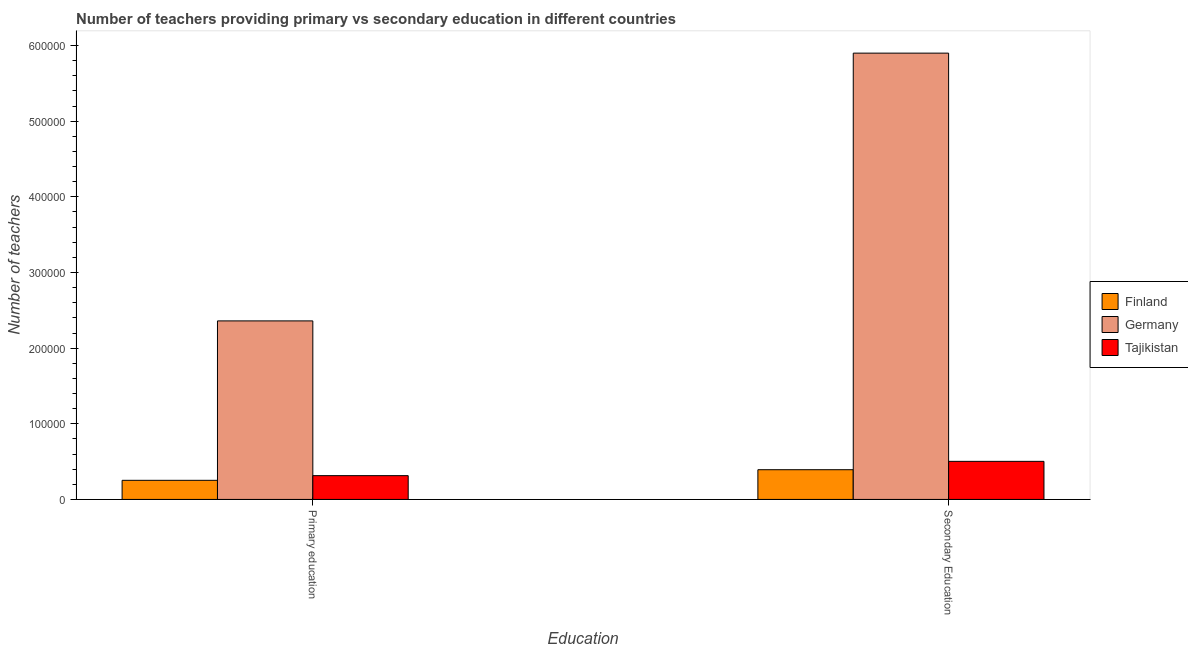
| Education | Finland | Germany | Tajikistan |
 | --- | --- | --- | --- |
 | Primary education | 2.53e+04 | 2.36e+05 | 3.14e+04 |
 | Secondary Education | 3.93e+04 | 5.9e+05 | 5.03e+04 |